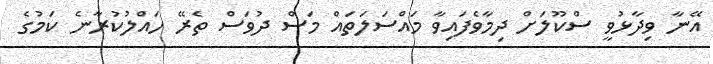
އޭނާ ވިދާޅުވީ ސްކޫލަށް ދިމާވެފައިވާ މައްސަލަތައް މަސް ދުވަސް ތެރޭ ހައްލުކުރާނެ ކަމުގެ